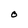
Character: O